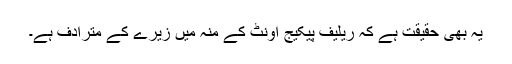
یہ بھی حقیقت ہے کہ ریلیف پیکیج اونٹ کے منہ میں زیرے کے مترادف ہے۔